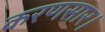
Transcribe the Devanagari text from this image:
करणसार।